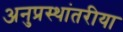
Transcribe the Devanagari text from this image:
अनुप्रस्थांतरीया